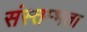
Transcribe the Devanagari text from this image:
संस्तम्भता